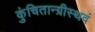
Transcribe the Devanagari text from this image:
कुंचितान्ग्रीस्थवं